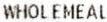
WHOLEMEAL